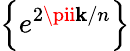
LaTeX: \left\{ e^{2\pii\mathbf{k}/n}\right\}